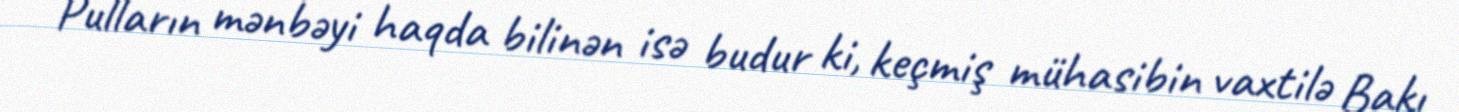
Pulların mənbəyi haqda bilinən isə budur ki, keçmiş mühasibin vaxtilə Bakı